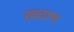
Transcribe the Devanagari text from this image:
खटाण